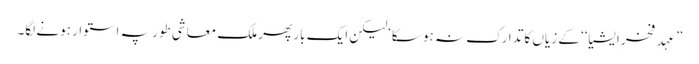
”عہدِ فخرِ ایشیا‘‘ کے زیاں کا تدارک نہ ہو سکا‘لیکن ایک بار پھر ملک معاشی طور پہ استوار ہونے لگا۔